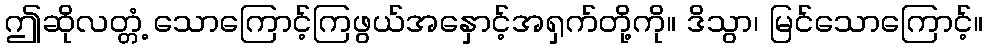
ဤဆိုလတ္တံ့ သောကြောင့်ကြဖွယ်အနှောင့်အရှက်တို့ကို။ ဒိသွာ၊ မြင်သောကြောင့်။